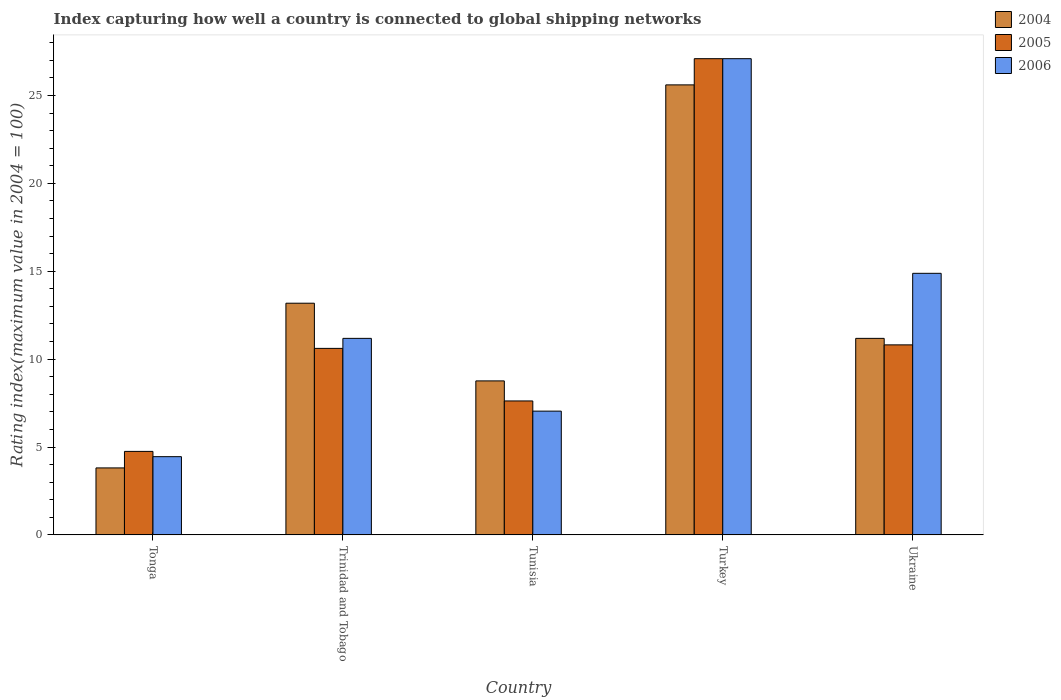
| Country | 2004 | 2005 | 2006 |
 | --- | --- | --- | --- |
 | Tonga | 3.81 | 4.75 | 4.45 |
 | Trinidad and Tobago | 13.2 | 10.6 | 11.2 |
 | Tunisia | 8.76 | 7.62 | 7.04 |
 | Turkey | 25.6 | 27.1 | 27.1 |
 | Ukraine | 11.2 | 10.8 | 14.9 |